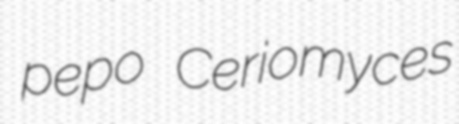
pepo Ceriomyces